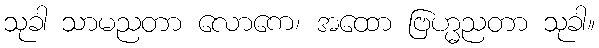
သုခါ သာမညတာ လောကေ၊ အထော ဗြဟ္မညတာ သုခါ။